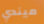
ميندي